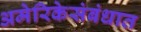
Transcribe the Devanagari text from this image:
अमेरिकेसंबंधात